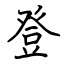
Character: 登